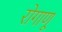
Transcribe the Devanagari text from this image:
रोगाणू